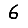
Digit: 6